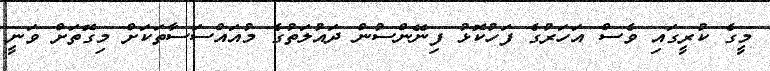
މީގެ ކުރީގައި ވެސް އަހަރުގެ ފަހުކޮޅު ފިނޭންސުން ދައުލަތުގެ މުއައްސަސާތަކަށް މިގޮތަށް ވަނީ